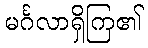
မင်္ဂလာရှိကြ၏